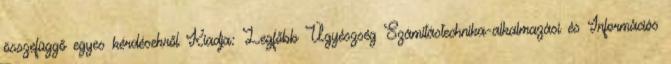
összefüggő egyes kérdésekről Kiadja: Legfőbb Ügyészség Számítástechnika-alkalmazási és Információs